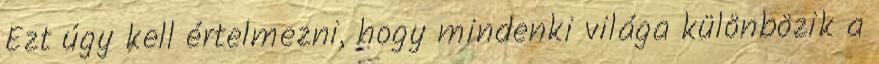
Ezt úgy kell értelmezni, hogy mindenki világa különbözik a